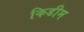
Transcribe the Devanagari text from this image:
किडीम